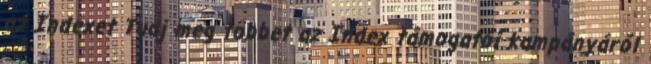
az Indexet Tudj meg többet az Index támogatói kampányáról